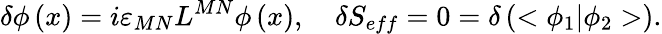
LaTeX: \delta\phi\left(x\right)=i\varepsilon_{MN}L^{MN}\phi\left(x\right),\quad\delta S_{eff}=0=\delta\left(<\phi_{1}|\phi_{2}>\right).